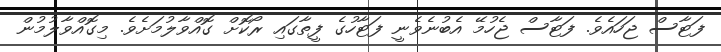
ފަޓާސް ޖަހައެވެ. ފަޓާސް ޖެހުމޭ އެބުނެވެނީ ފަޓާހުގެ ފީތާގައި ރޯކޮށް ގޮއްވާލުމަށެވެ. މިގޮއްވާލުމުން